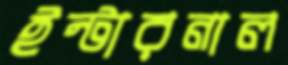
ইন্টারনাল